Men teachers and National Service, 1939
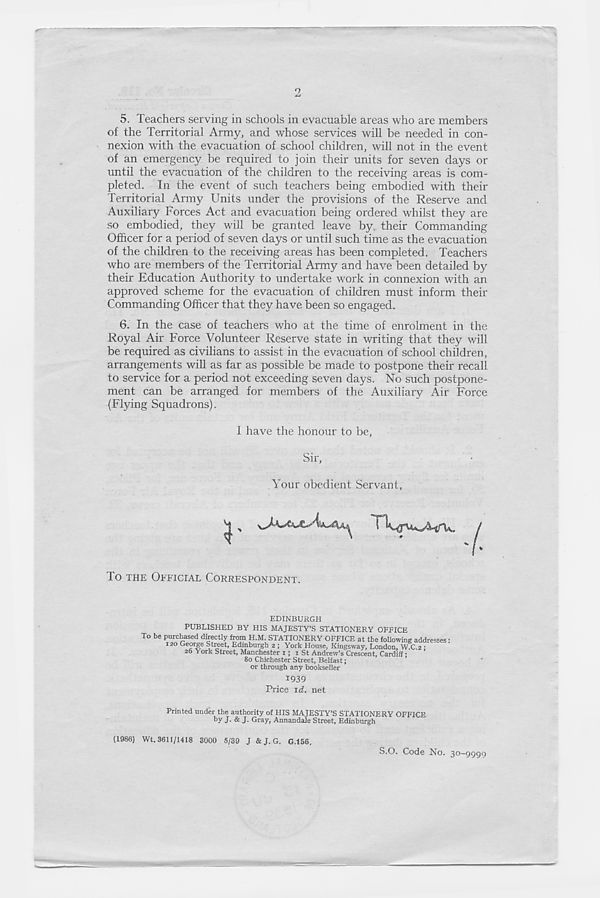
5. Teachers serving in schools in evacuable areas who are members
of the Territorial Army, and whose services will be needed in con-
nexion with the evacuation of school children, will not in the event
of an emergency be required to join their units for seven days or
until the evacuation of the children to the receiving areas is com-
pleted. In the event of such teachers being embodied with their
Territorial Army Units under the provisions of the Reserve and
Auxiliary Forces Act and evacuation being ordered whilst they are
so embodied, they will be granted leave by, their Commanding
Officer for a period of seven days or until such time as the evacuation
of the children to the receiving areas has been completed. Teachers
who are members of the Territorial Army and have been detailed by
their Education Authority to undertake work in connexion with an
approved scheme for the evacuation of children must inform their
Commanding Officer that they have been so engaged.
6. In the case of teachers who at the time of enrolment in the
Royal Air Force Volunteer Reserve state in writing that they will
be required as civilians to assist in the evacuation of school children,
arrangements will as far as possible be made to postpone their recall
to service for a period not exceeding seven days. No such postpone-
ment can be arranged for members of the Auxiliary Air Force
(Flying Squadrons).
I have the honour to be,
Sir,
Your obedient Servant,
lo THE OFFICIAL CORRESPONDENT.
EDINBURGH
PUBLISHED BY HIS MAJESTY’S STATIONERY OFFICE
1939
Price xd. net
Printed under the authority of HIS MAJESTY’S STATIONERY OFFICE
by J- & J- Gray, Annandale Street, Edinburgh
(1986) Wt. 3611/1418 3000 5/39 J & J. G. G.156.
S.O. Code No. 30—9999